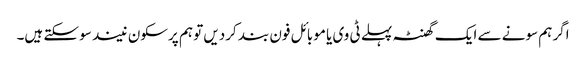
اگر ہم سونے سے ایک گھنٹہ پہلے ٹی وی یا موبائل فون بند کردیں تو ہم پرسکون نیند سو سکتے ہیں۔